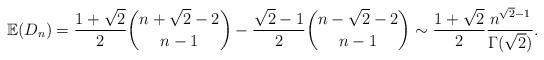
LaTeX: \begin{align*} \mathbb{E}(D_{n}) = \frac{1+\sqrt{2}}{2} \binom{n+\sqrt{2}-2}{n-1} - \frac{\sqrt{2}-1}{2} \binom{n-\sqrt{2}-2}{n-1} \sim \frac{1+\sqrt{2}}{2} \frac{n^{\sqrt{2}-1}}{\Gamma(\sqrt{2})}.\end{align*}